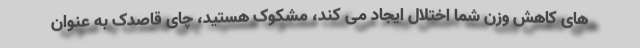
های کاهش وزن شما اختلال ایجاد می کند، مشکوک هستید، چای قاصدک به عنوان